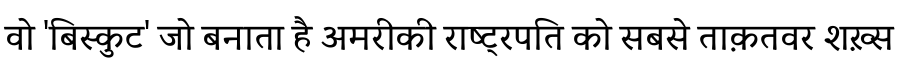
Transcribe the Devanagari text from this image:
वो 'बिस्कुट' जो बनाता है अमरीकी राष्ट्रपति को सबसे ताक़तवर शख़्स